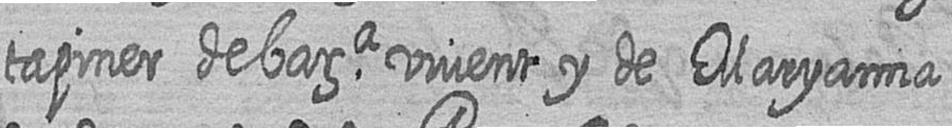
tapiner de bara vivent y de Maryanna